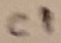
Text: C1